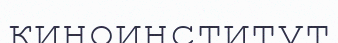
киноинститут